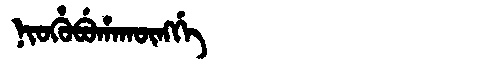
Manchu: ᠨᡳᠣᡥᡠᠪᡠᡥᠠᡴᡡᠩᡤᡝ
Romanization: NIOHUBUHAKŪNGGE